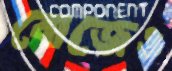
বোজেও